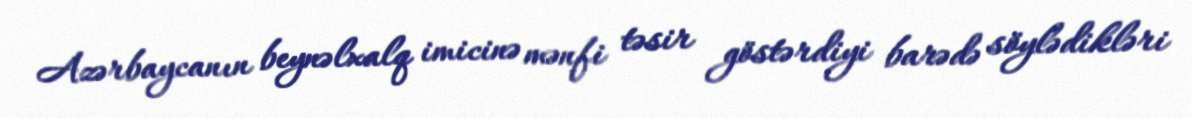
Azərbaycanın beynəlxalq imicinə mənfi təsir göstərdiyi barədə söylədikləri